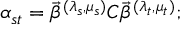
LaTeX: \alpha _ { s t } = \vec { \beta } ^ { ( \lambda _ { s } , \mu _ { s } ) } C \vec { \beta } ^ { ( \lambda _ { t } , \mu _ { t } ) } ;